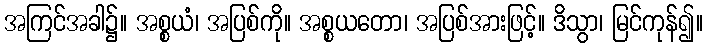
အကြင်အခါ၌။ အစ္စယံ၊ အပြစ်ကို။ အစ္စယတော၊ အပြစ်အားဖြင့်။ ဒိသွာ၊ မြင်ကုန်၍။